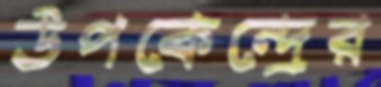
উপকেন্দ্রের